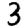
Digit: 3